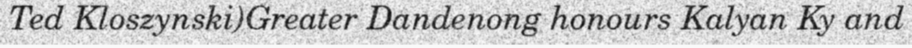
Ted Kloszynski)Greater Dandenong honours Kalyan Ky and